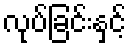
လုပ်ခြင်းနှင့်